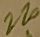
Text: 220